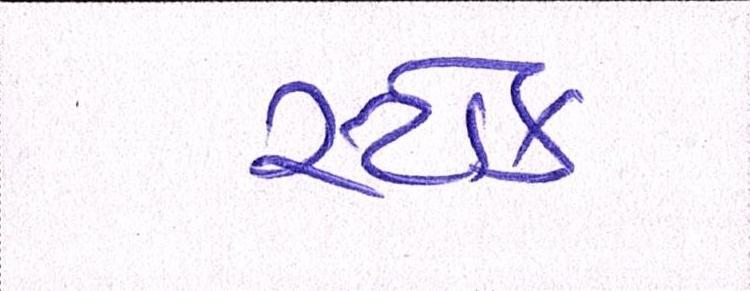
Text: સ્ટોક